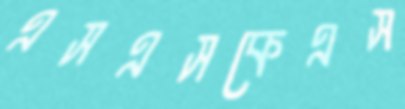
এসএসকেএস